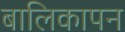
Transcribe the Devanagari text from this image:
बालिकापन